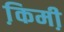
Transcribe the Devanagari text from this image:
कि़मी़